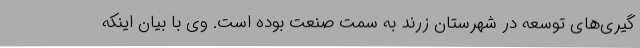
گیری‌های توسعه در شهرستان زرند به سمت صنعت بوده است. وی با بیان اینکه